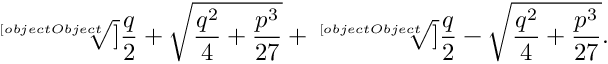
{ \sqrt [ [object Object] ] { { \frac { q } { 2 } } + { \sqrt { { \frac { q ^ { 2 } } { 4 } } + { \frac { p ^ { 3 } } { 2 7 } } } } } } + { \sqrt [ [object Object] ] { { \frac { q } { 2 } } - { \sqrt { { \frac { q ^ { 2 } } { 4 } } + { \frac { p ^ { 3 } } { 2 7 } } } } } } .